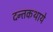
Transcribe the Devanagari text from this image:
दन्तकथाये